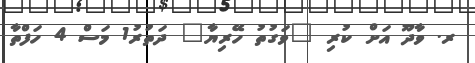
ރ. ވާދޫ އަށް ކުރި "ވަގުތު ހޭރިޔާ" ދަތުރު1 މަސް 4 ހަފްތާ